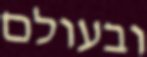
ובעולם